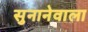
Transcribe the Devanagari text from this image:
सुनानेवाला